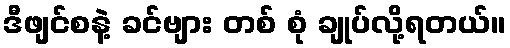
ဒီဖျင်စနဲ့ ခင်ဗျား တစ် စုံ ချုပ်လို့ရတယ်။